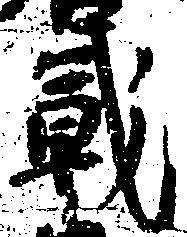
戦